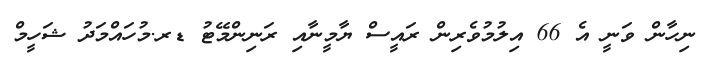
ނިހާން ވަނީ އެ 66 އިލުމުވެރިން ރައީސް ޔާމީނާއި ރަނިންމޭޓު ޑރ.މުހައްމަދު ޝަހީމް